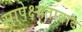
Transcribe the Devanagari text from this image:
सापेक्ष्यतावाद